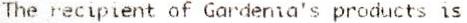
THE RECIPIENT OF GARDENIA'S PRODUCTS IS